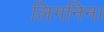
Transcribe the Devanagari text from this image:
लिगनिन।